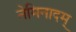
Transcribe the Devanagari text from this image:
नेमिनादम्